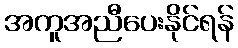
အကူအညီပေးနိုင်ရန်